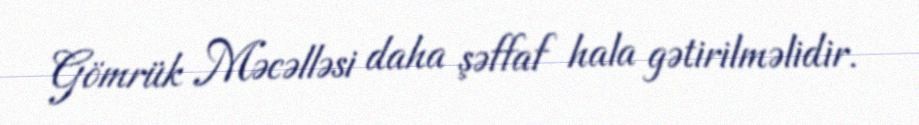
Gömrük Məcəlləsi daha şəffaf hala gətirilməlidir.